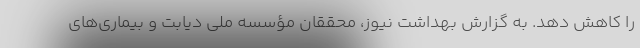
را کاهش دهد. به گزارش بهداشت نیوز، محققان مؤسسه ملی دیابت و بیماری‌های